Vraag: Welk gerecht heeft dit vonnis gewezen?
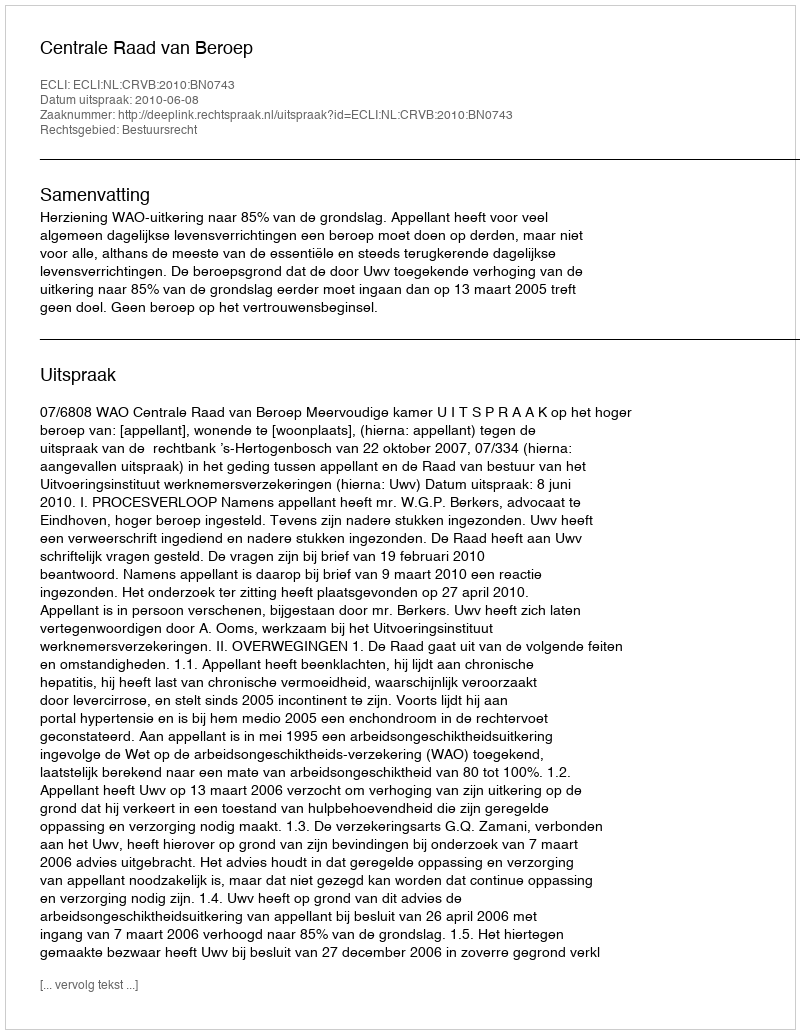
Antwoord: Centrale Raad van Beroep